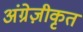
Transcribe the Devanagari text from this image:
अंग्रेज़ीकृत